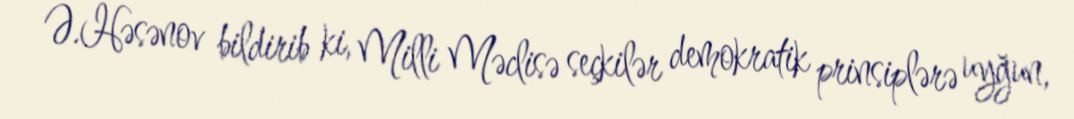
Ə.Həsənov bildirib ki, Milli Məclisə seçkilər demokratik prinsiplərə uyğun,